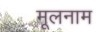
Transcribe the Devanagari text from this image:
मूलनाम